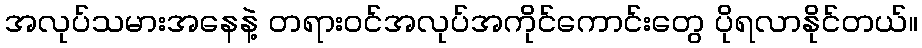
အလုပ်သမားအနေနဲ့ တရားဝင်အလုပ်အကိုင်ကောင်းတွေ ပိုရလာနိုင်တယ်။